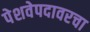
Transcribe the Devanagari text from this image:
पेशवेपदावरचा